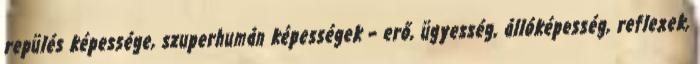
repülés képessége, szuperhumán képességek – erő, ügyesség, állóképesség, reflexek,